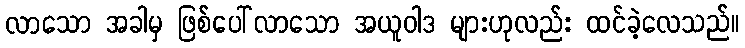
လာသော အခါမှ ဖြစ်ပေါ်လာသော အယူဝါဒ များဟုလည်း ထင်ခဲ့လေသည်။